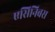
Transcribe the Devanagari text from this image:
एसिनिबस